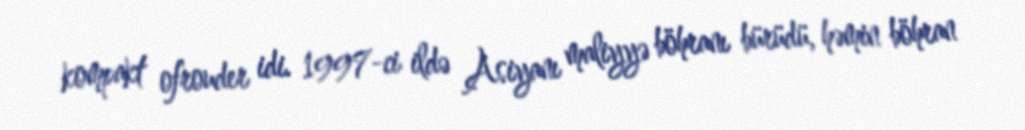
kompakt ofrouder idi. 1997-ci ildə Asiyanı maliyyə böhranı bürüdü, həmin böhran